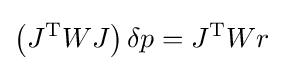
{\left(J^{\mathrm {T} }WJ\right)\delta p=J^{\mathrm {T} }Wr}